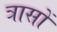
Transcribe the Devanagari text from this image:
त्रासों